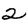
Digit: 2